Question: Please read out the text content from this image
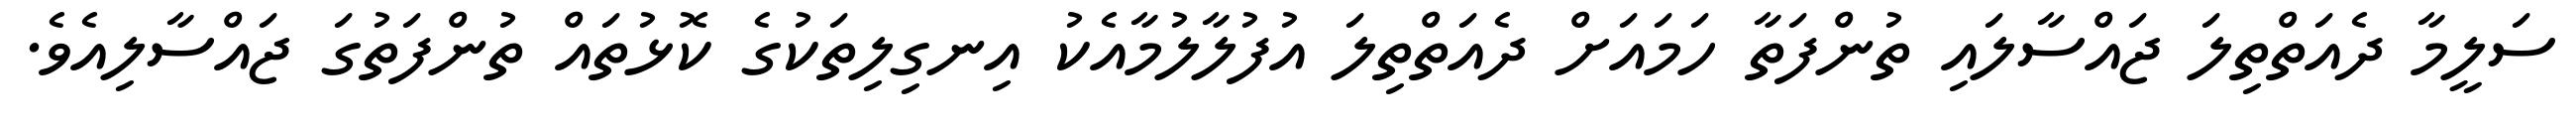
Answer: ސަލީމާ ދެއަތްތިލަ ޖައްސާލައި ތުންފަތާ ހަމައަށް ދެއަތްތިލަ އުފުލާލުމާއެކު އިނގިލިތަކުގެ ކޮޅުތައް ތުންފަތުގަ ޖައްސާލިއެވެ.